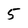
Character: 5